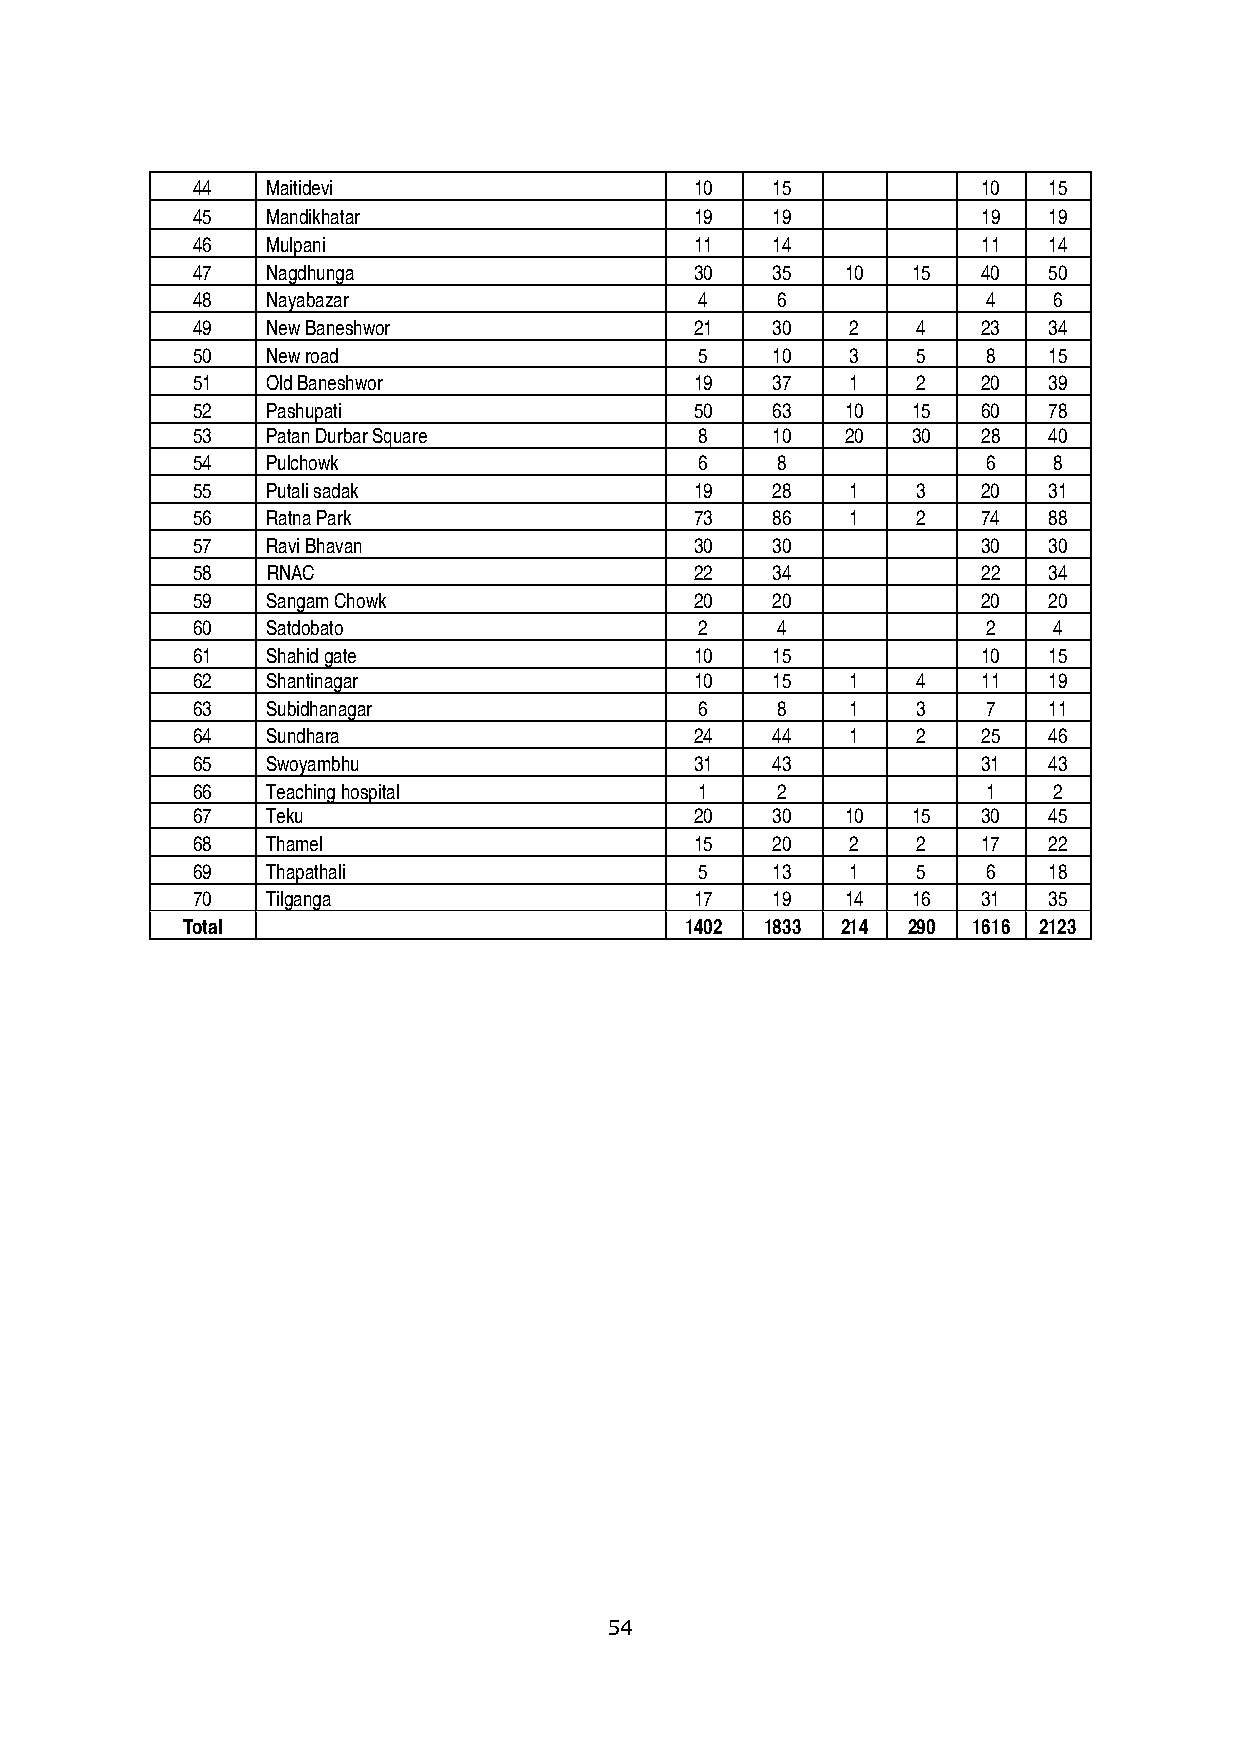
44   Maitidevi                   10   15            10  15
 45   Mandikhatar                 19   19            19  19
 46   Mulpani                     11   14            11  14
 47   Nagdhunga                   30   35   10  15   40  50
 48   Nayabazar                   4     6            4    6
 49   New Baneshwor               21   30   2    4   23  34
 50   New road                    5    10   3    5   8   15
 51   Old Baneshwor               19   37   1    2   20  39
 52   Pashupati                   50   63   10  15   60  78
 53   Patan Durbar Square         8    10   20  30   28  40
 54   Pulchowk                    6     8            6    8
 55   Putali sadak                19   28   1    3   20  31
 56   Ratna Park                  73   86   1    2   74  88
 57   Ravi Bhavan                 30   30            30  30
 58   RNAC                        22   34            22  34
 59   Sangam Chowk                20   20            20  20
 60   Satdobato                   2     4            2    4
 61   Shahid gate                 10   15            10  15
 62   Shantinagar                 10   15   1    4   11  19
 63   Subidhanagar                6     8   1    3   7   11
 64   Sundhara                    24   44   1    2   25  46
 65   Swoyambhu                   31   43            31  43
 66   Teaching hospital           1     2            1    2
 67   Teku                        20   30   10  15   30  45
 68   Thamel                      15   20   2    2   17  22
 69   Thapathali                  5    13   1    5   6   18
 70   Tilganga                    17   19   14  16   31  35
 Total                            1402  1833 214 290 1616 2123
 54